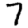
Digit: 7